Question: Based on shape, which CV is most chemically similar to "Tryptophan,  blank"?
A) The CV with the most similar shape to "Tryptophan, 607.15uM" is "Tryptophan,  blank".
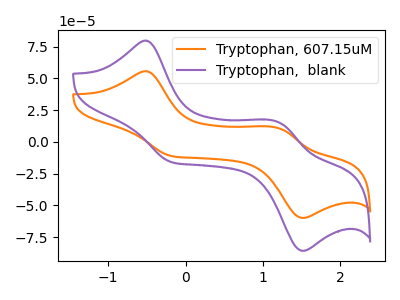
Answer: <think>The orange curve "Tryptophan, 607.15uM" has anodic peaks at (-0.50V, 55.55uA) (1.20V, 10.65uA) and cathodic peaks at (-0.20V, -11.10uA) (1.50V, -59.75uA). The purple curve "Tryptophan,  blank" has anodic peaks at (-0.50V, 79.60uA) (1.20V, 15.25uA) and cathodic peaks at (-0.20V, -15.90uA) (1.50V, -85.65uA).
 All the peaks in "Tryptophan, 607.15uM" have a peak in "Tryptophan,  blank" at the same potential. Every peak in "Tryptophan, 607.15uM" is lower than every peak in "Tryptophan,  blank".</think>
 <answer>A) The CV with the most similar shape to "Tryptophan, 607.15uM" is "Tryptophan,  blank".</answer>
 <eval>A</eval>